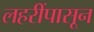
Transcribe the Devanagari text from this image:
लहरींपासून